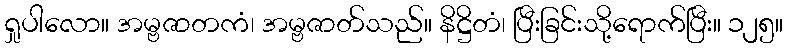
ရှုပါလော။ အမ္ဗဇာတကံ၊ အမ္ဗဇာတ်သည်။ နိဋ္ဌိတံ၊ ပြီးခြင်းသို့ရောက်ပြီး။ ၁၂၅။